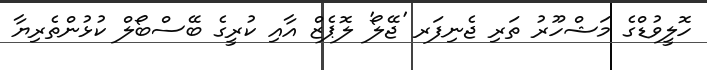
ހޮލީވުޑްގެ މަޝްހޫރު ތަރި ޖެނިފަރ 'ޖޭލޯ' ލޮޕެޒް އާއި ކުރީގެ ބޭސްބޯލް ކުޅުންތެރިޔާ